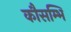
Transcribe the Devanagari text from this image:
कौसम्भि